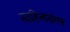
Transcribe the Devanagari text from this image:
साहित्यसंगम